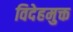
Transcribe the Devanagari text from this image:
विदेहमुक्त